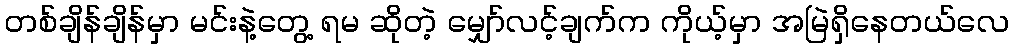
တစ်ချိန်ချိန်မှာ မင်းနဲ့တွေ့ ရမ ဆိုတဲ့ မျှော်လင့်ချက်က ကိုယ့်မှာ အမြဲရှိနေတယ်လေ